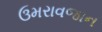
ઉમરાવજાન